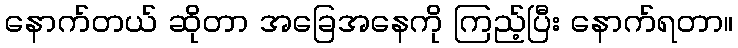
နောက်တယ် ဆိုတာ အခြေအနေကို ကြည့်ပြီး နောက်ရတာ။